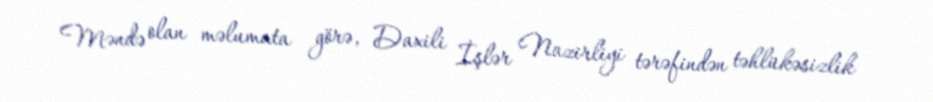
Məndə olan məlumata görə, Daxili İşlər Nazirliyi tərəfindən təhlükəsizlik